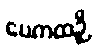
ပေကထဉှိ